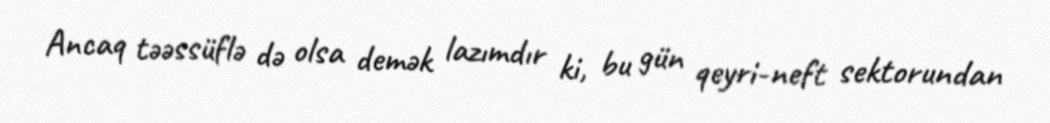
Ancaq təəssüflə də olsa demək lazımdır ki, bu gün qeyri-neft sektorundan